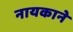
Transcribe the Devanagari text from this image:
नायकाने